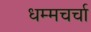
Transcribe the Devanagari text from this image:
धम्मचर्चा